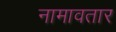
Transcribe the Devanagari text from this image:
नामावतार